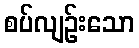
စပ်လျဉ်းသော